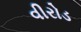
વીરોડ